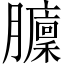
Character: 𦢵